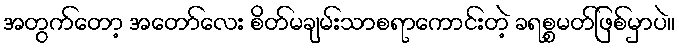
အတွက်တော့ အတော်လေး စိတ်မချမ်းသာစရာကောင်းတဲ့ ခရစ္စမတ်ဖြစ်မှာပဲ။